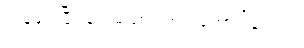
လန့်ဖျပ်ပြီး သေမသွားတာပဲ တော်ပါသေးရဲ့